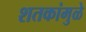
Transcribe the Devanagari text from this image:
शतकांमुळे